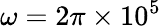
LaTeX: \omega=2\pi\times 10^{5}